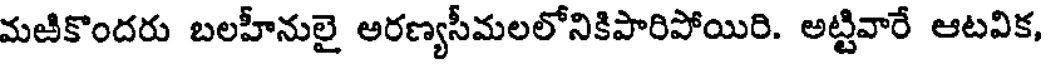
మజికొందరు బలహీనులై అరణ్యసీమలలోనికిపారిపోయిరి. అట్టివారే ఆటవిక,